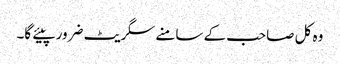
وہ کل صاحب کے سامنے سگریٹ ضرور پیئے گا۔